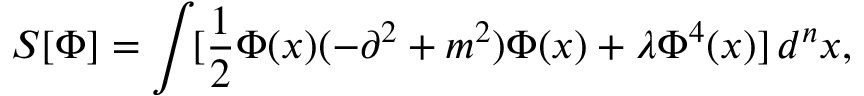
S [ \Phi ] = \int \! [ \frac { 1 } { 2 } \Phi ( x ) ( - \partial ^ { 2 } + m ^ { 2 } ) \Phi ( x ) + \lambda \Phi ^ { 4 } ( x ) ] \, d ^ { n } x ,